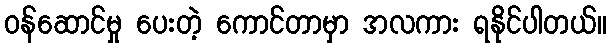
ဝန်ဆောင်မှု ပေးတဲ့ ကောင်တာမှာ အလကား ရနိုင်ပါတယ်။